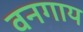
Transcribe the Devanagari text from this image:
वनगाय